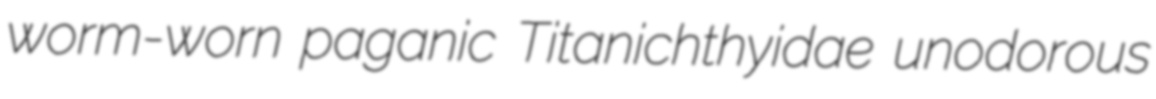
worm-worn paganic Titanichthyidae unodorous